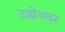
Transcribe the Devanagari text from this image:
उप्लोअदर